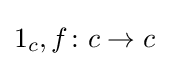
1_{c},f\colon c\to c